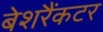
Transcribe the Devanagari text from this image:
बेशरैंकटर